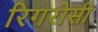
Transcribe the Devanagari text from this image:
रिगरोसी